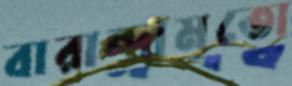
বারান্দামতো